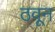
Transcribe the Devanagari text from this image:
ठवून